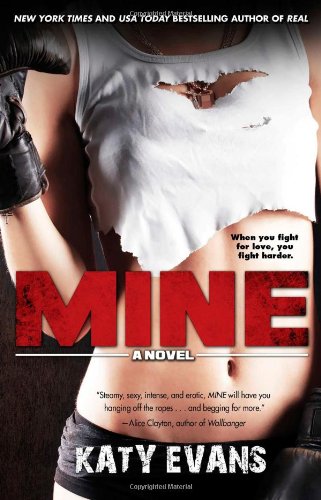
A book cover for Mine (The REAL series); Katy Evans; Romance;